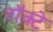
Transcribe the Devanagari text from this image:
नॉक्टे